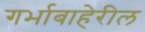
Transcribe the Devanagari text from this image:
गर्भाबाहेरील